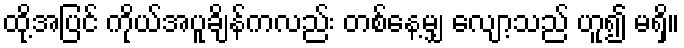
ထို့အပြင် ကိုယ်အပူချိန်ကလည်း တစ်နေ့မျှ လျော့သည် ဟူ၍ မရှိ။